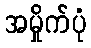
အမှိုက်ပုံ